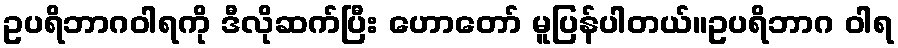
ဥပရိဘာဂဝါရကို ဒီလိုဆက်ပြီး ဟောတော် မူပြန်ပါတယ်။ဥပရိဘာဂ ဝါရ